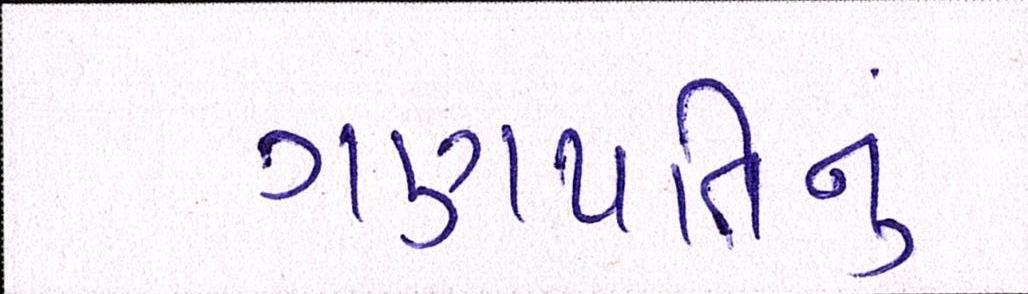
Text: ગણપતિનું